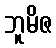
ဘူမိဇ